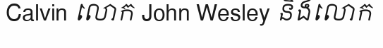
Calvin លោក John Wesley និងលោក